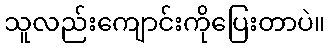
သူလည်းကျောင်းကိုပြေးတာပဲ။